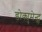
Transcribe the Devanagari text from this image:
डोक्युमेन्ट्स